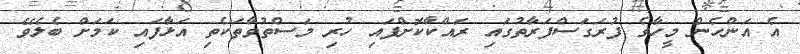
އެ އަންހެން މީހާގެ ފުރަގަސްފަރާތުގައި ރައްކާކޮށްފައި ހުރި މަސްތުވާތަކެތި އަޅާފައި ކަމަށް ބެލެވޭ